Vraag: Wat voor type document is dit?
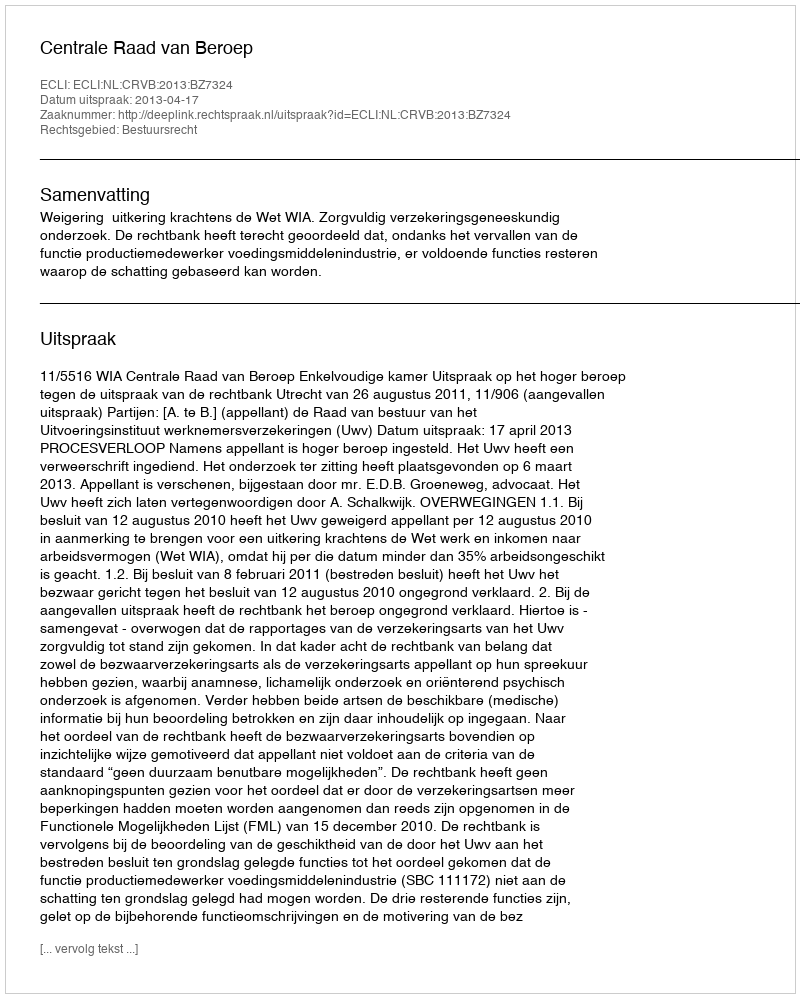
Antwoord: Uitspraak